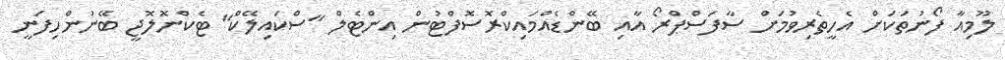
ލޫމިއާ ފޯނުތަކަށް އެހީތެރިވުމަށް ސާފަސްޕްރޯ އާއި ބޭންޑެއްމައިކްރޮސޮފްޓުން އިންޓެލް "ސްކައިލޭކް" ޓެކްނޮލޮޖީ ބޭނުންހިފަނީ